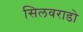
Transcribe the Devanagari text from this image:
सिलवराडो